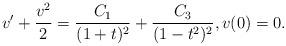
LaTeX: \begin{align*}v'+\frac{v^2}{2}=\frac{C_1}{(1+t)^2}+\frac{C_3}{(1-t^2)^2},v(0)=0.\end{align*}